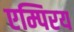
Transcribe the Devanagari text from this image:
एम्पिरय